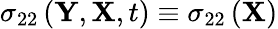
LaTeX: \sigma_{22}\left(\mathbf{Y},\mathbf{X},t\right)\equiv\sigma_{22}\left(\mathbf{X}\right)